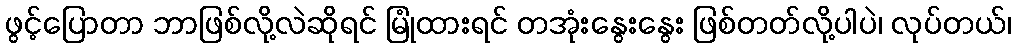
ဖွင့်ပြောတာ ဘာဖြစ်လို့လဲဆိုရင် မြုံထားရင် တအုံးနွေးနွေး ဖြစ်တတ်လို့ပါပဲ၊ လုပ်တယ်၊